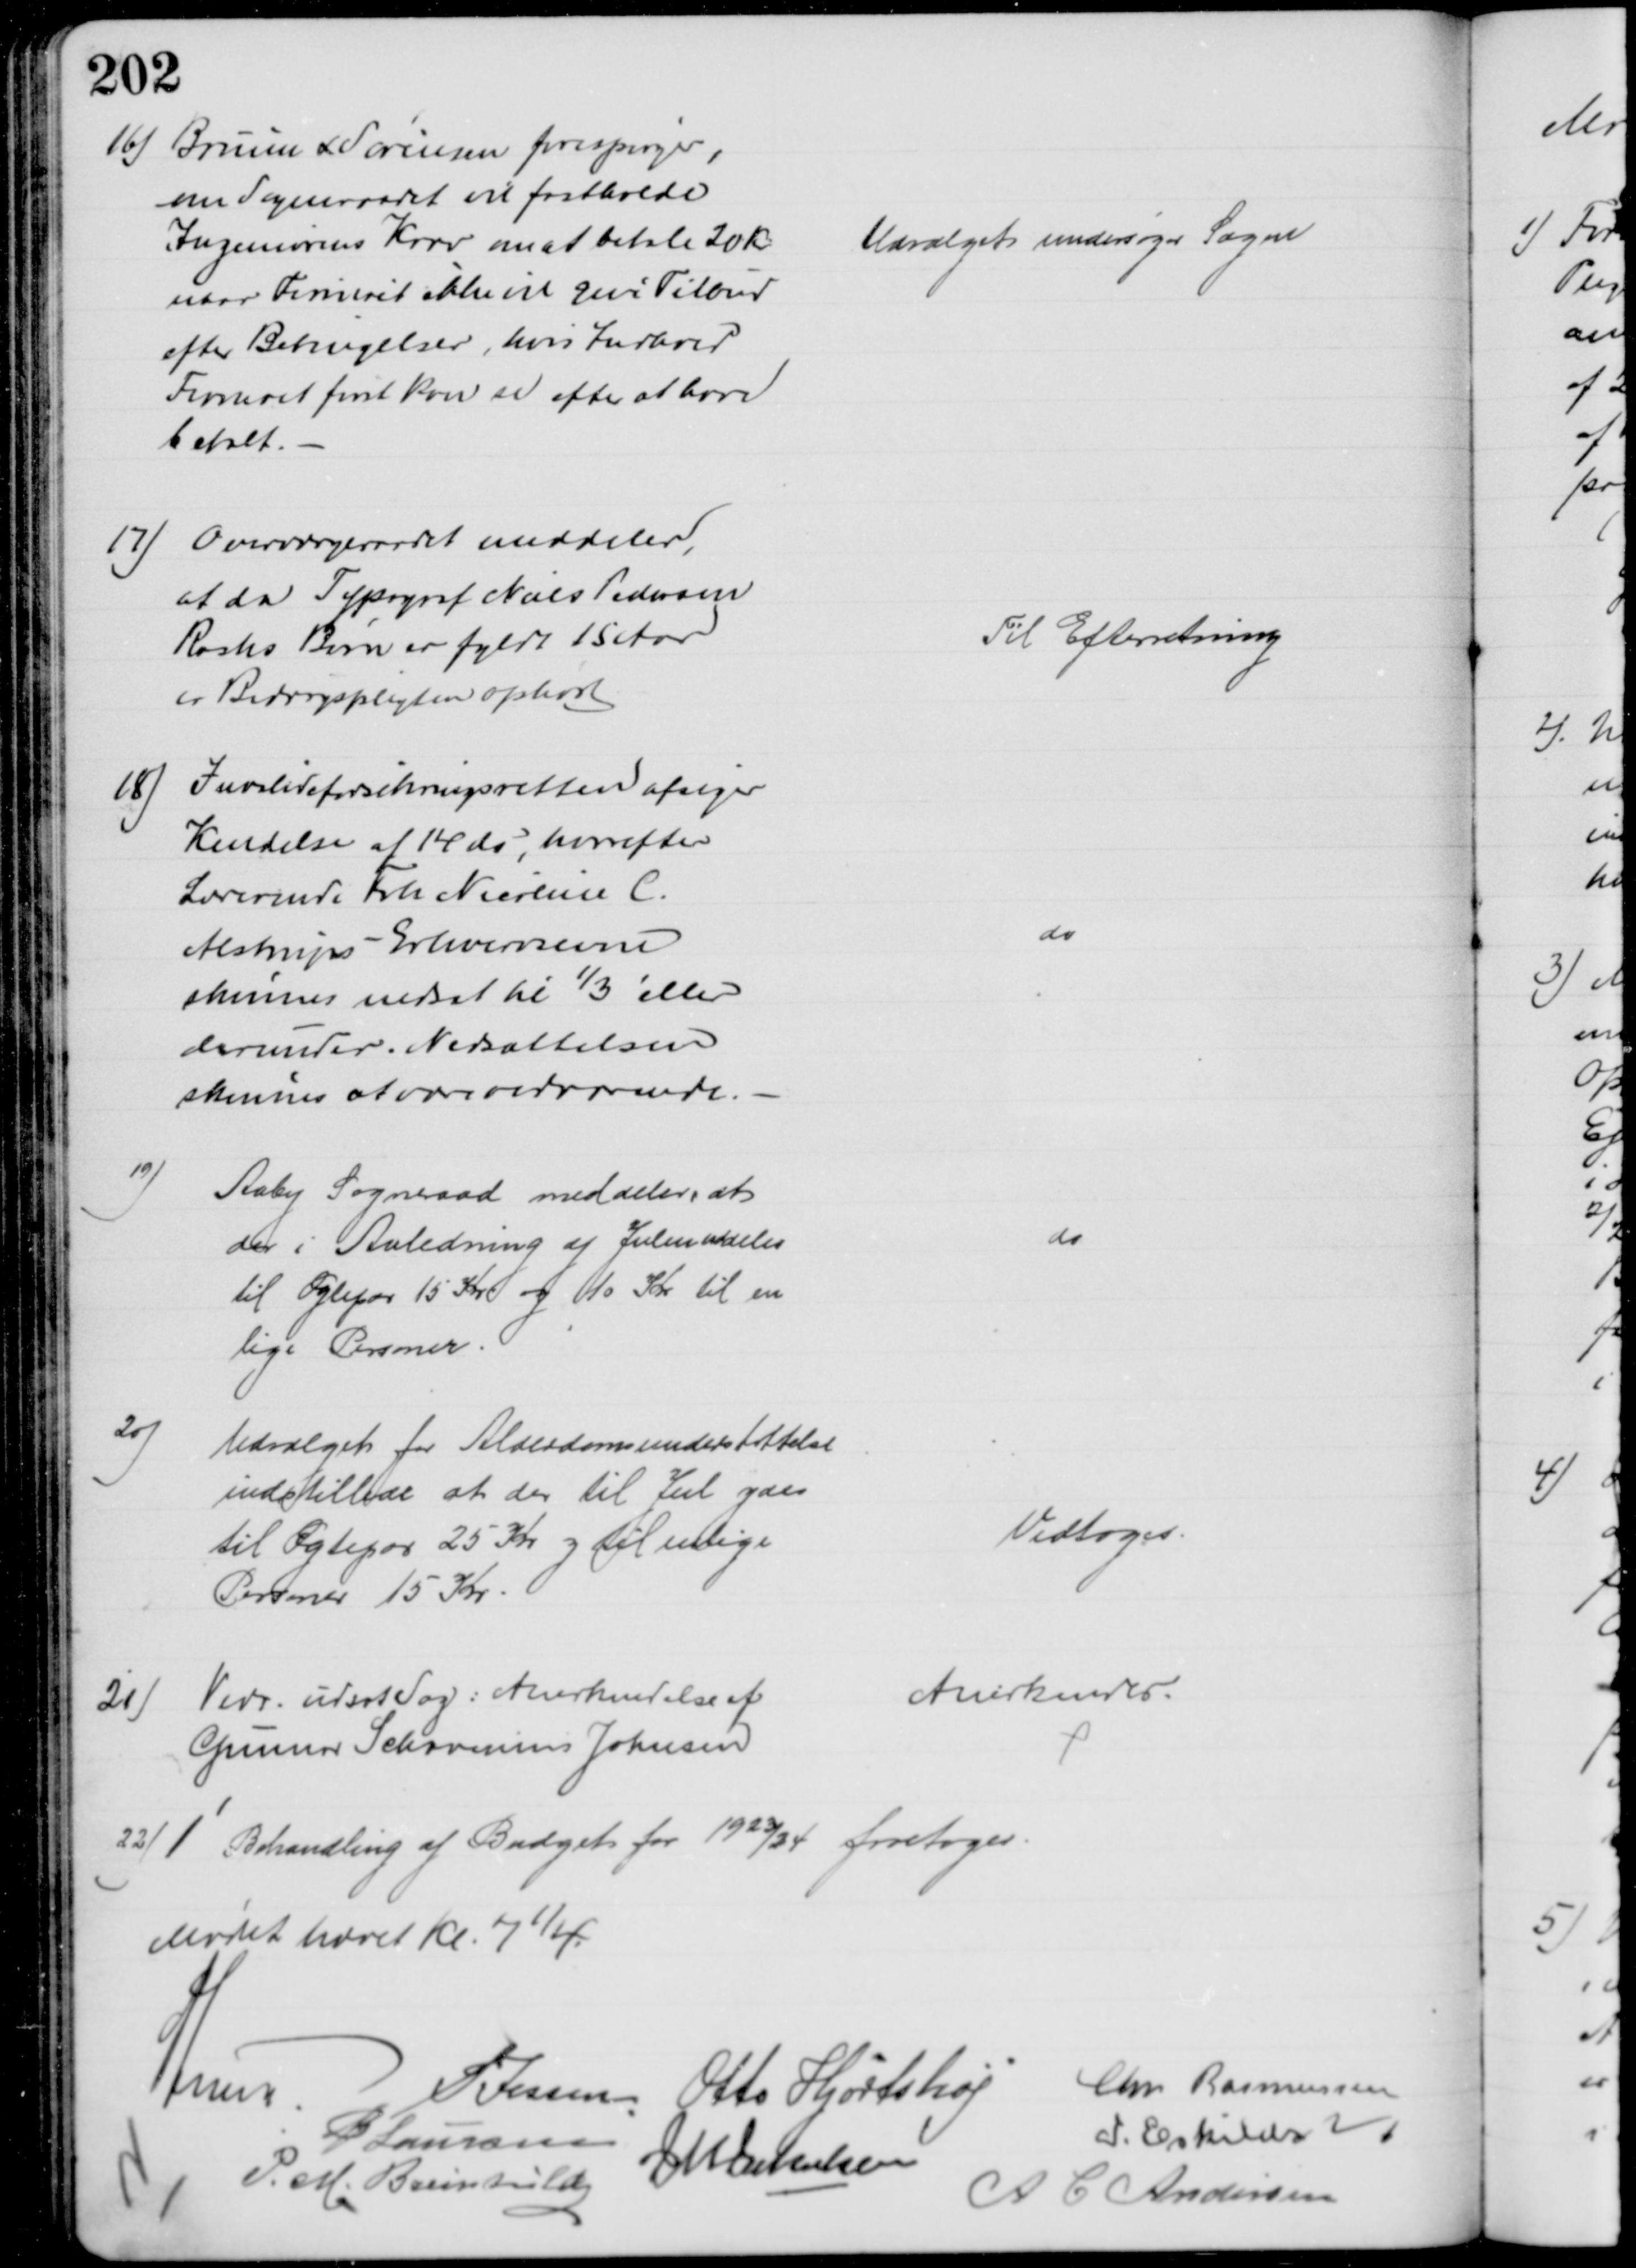
Transskription:
16) Bruun & Sørensen forespørger,
om Sogneraadet vil fastholde
Ingeniørens Krav om at betale 20 Kr
naar Firmaet ikke vil give Tilbud
efter Betingelser, hvis Indhold
Firmaet først kan se efter at have
betalt.
Udvalget undersøger Sagen
17) Overværgeraadet meddeler,
at da Typograf Niels Pedersen
Rasks Børn er fyldt 15 Aar
er Bidragspligten ophørt 
Til Efterretning
18) Invalideforsikringsretten afsiger
Kendelse af 14 ds, hvorefter
Lærerinde Frk Nicoline C.
Alstrups Erhvervsevne
skønnes nedsat til ⅓ eller
derunder. Nedsættelsen
skønnes at være vedvarende.
do
19)
Aaby Sogneraad meddeler, at
der i Anledning af Julen uddeles
til Ægtepar 15 Kr og 10 Kr til en
lige Personer
do
20)
Udvalget for Alderdomsunderstøttelse
indstillede at der til Jul ydes
til Ægtepar 25 Kr og til enlige
Personer 15 Kr
Vedtoges.
21)
Vedr. udsat Sag: Anerkendelse af
Gunnar Schavenius Johnsen
Anerkendes
22)1' Behandling af Budget for 1923/24 foretoges.
Mødet hævet Kl. 7¼
A Lund
P Jessen
Otto Hjortshøj
Chr Rasmussen
P Laursen
J M Jakobsen
I. Eskildsen
P. M. Breinhild
A C Andersen